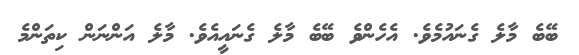
ބޭބެ މާލެ ގެނައުމެވެ. އެހެންވެ ބޭބެ މާލެ ގެނައީއެވެ. މާލެ އަންނަން ކިތަންމެ